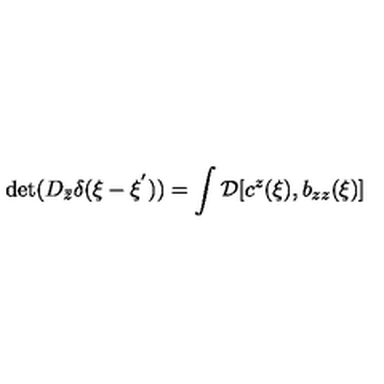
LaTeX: \mathrm { d e t } ( D _ { \bar { z } } \delta ( \xi - \xi ^ { ' } ) ) = \int { \cal D } [ c ^ { z } ( \xi ) , b _ { z z } ( \xi ) ]